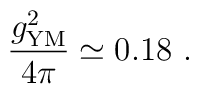
{g^2_{\mathrm{YM}}\over 4\pi} \simeq 0.18\ .